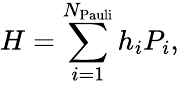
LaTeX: H=\sum_{i=1}^{N_{\mathrm{Pauli}}}h_{i}P_{i},